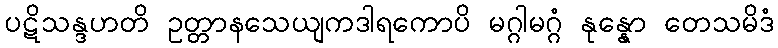
ပဋိသန္ဒဟတိ ဥတ္တာနသေယျကဒါရကောပိ မဂ္ဂါမဂ္ဂံ နုန္နော တေသမိဒံ